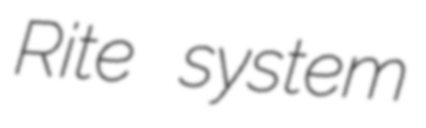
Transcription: Rite system